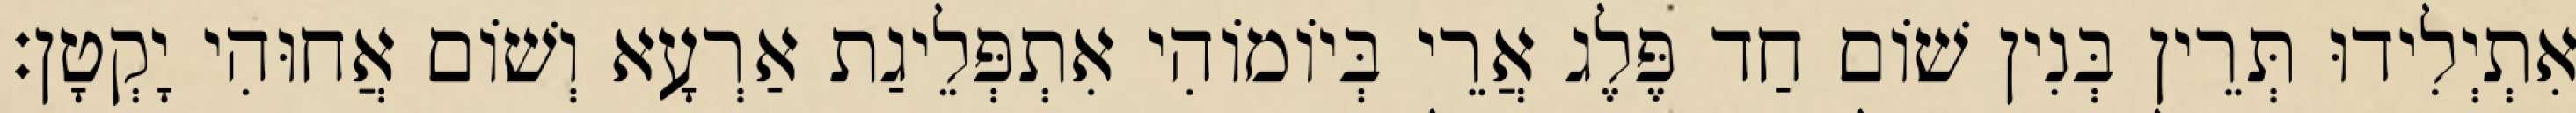
אִתְיְלִידוּ תְּרֵין בְּנִין שׁוֹם חַד פֶּלֶג אֲרֵי בְּיוֹמוֹהִי אִתְפְּלֵיגַת אַרְעָא וְשׁוֹם אֲחוּהִי יָקְטָן׃